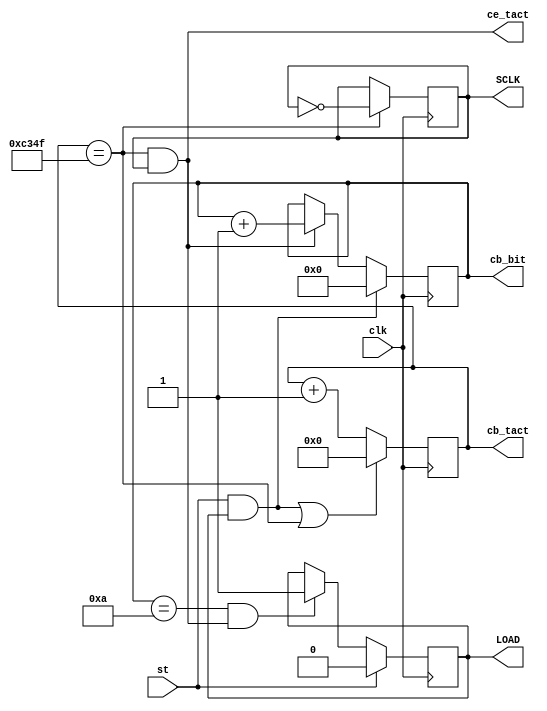
`timescale 1ns / 1ps
//////////////////////////////////////////////////////////////////////////////////
// Company: 
// Engineer: 
// 
// Design Name: 
// Module Name:    SPI_MASTER 
// Project Name: 
// Target Devices: 
// Tool versions: 
// Description: 
//
// Dependencies: 
//
// Revision: 
// Revision 0.01 - File Created
// Additional Comments: 
//
//////////////////////////////////////////////////////////////////////////////////
module SPI_MASTER(input st,	   output wire ce_tact,
					   input clk,  	output reg[3:0]cb_bit = 0,
								         output reg[15:0]cb_tact = 0,
											output reg LOAD = 1,
											output reg SCLK = 0);
parameter Fclk = 50000000 ; // 50 MHz
parameter Tclk = 20; // 20 ns
parameter n_bit = 11;
parameter Trep = 100000000; // 100ms
parameter Tper = 100; // 
parameter Tbit = 2000000; // 2ms
wire ce = (cb_tact == Tbit/(2*Tclk) - 1); // 50000
assign ce_tact = ce & SCLK;
wire start = st & LOAD;
always @ (posedge clk) begin
LOAD <= st? 0: ((cb_bit == n_bit - 1) & ce_tact)? 1: LOAD;
cb_tact <= (start | ce)? 0: cb_tact + 1;
cb_bit <= start? 0: ce_tact? cb_bit + 1: cb_bit;
SCLK <= ce? !SCLK: SCLK;
end
endmodule